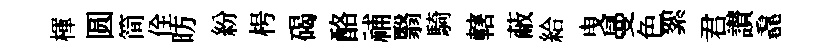
楎圆简佺昉紛枵碣酪𥙷翳騎轄蔽給曳曼色絮君讃毳